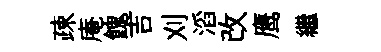
疎庵餽吉刈滔改鹰繼